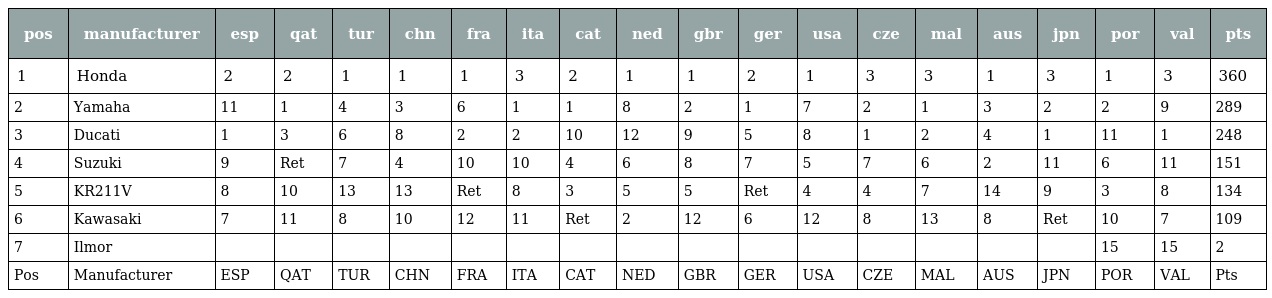
| pos | manufacturer | esp | qat | tur | chn | fra | ita | cat | ned | gbr | ger | usa | cze | mal | aus | jpn | por | val | pts |
 | --- | --- | --- | --- | --- | --- | --- | --- | --- | --- | --- | --- | --- | --- | --- | --- | --- | --- | --- | --- |
 | 1 | Honda | 2 | 2 | 1 | 1 | 1 | 3 | 2 | 1 | 1 | 2 | 1 | 3 | 3 | 1 | 3 | 1 | 3 | 360 |
 | 2 | Yamaha | 11 | 1 | 4 | 3 | 6 | 1 | 1 | 8 | 2 | 1 | 7 | 2 | 1 | 3 | 2 | 2 | 9 | 289 |
 | 3 | Ducati | 1 | 3 | 6 | 8 | 2 | 2 | 10 | 12 | 9 | 5 | 8 | 1 | 2 | 4 | 1 | 11 | 1 | 248 |
 | 4 | Suzuki | 9 | Ret | 7 | 4 | 10 | 10 | 4 | 6 | 8 | 7 | 5 | 7 | 6 | 2 | 11 | 6 | 11 | 151 |
 | 5 | KR211V | 8 | 10 | 13 | 13 | Ret | 8 | 3 | 5 | 5 | Ret | 4 | 4 | 7 | 14 | 9 | 3 | 8 | 134 |
 | 6 | Kawasaki | 7 | 11 | 8 | 10 | 12 | 11 | Ret | 2 | 12 | 6 | 12 | 8 | 13 | 8 | Ret | 10 | 7 | 109 |
 | 7 | Ilmor |  |  |  |  |  |  |  |  |  |  |  |  |  |  |  | 15 | 15 | 2 |
 | Pos | Manufacturer | ESP | QAT | TUR | CHN | FRA | ITA | CAT | NED | GBR | GER | USA | CZE | MAL | AUS | JPN | POR | VAL | Pts |